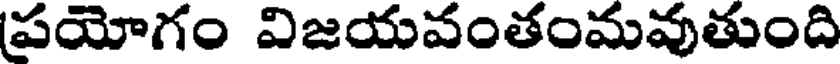
పయోగం విజయవంతంమవుతుంది